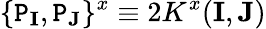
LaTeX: \{ {\cal\mathtt{P}}_{\mathbf{{I}}},{\cal\mathtt{P}}_{\mathbf{{J}}}\} ^{x}\equiv2K^{x}(\mathbf{{I}},\mathbf{{J}})